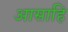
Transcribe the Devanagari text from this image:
आसाहि